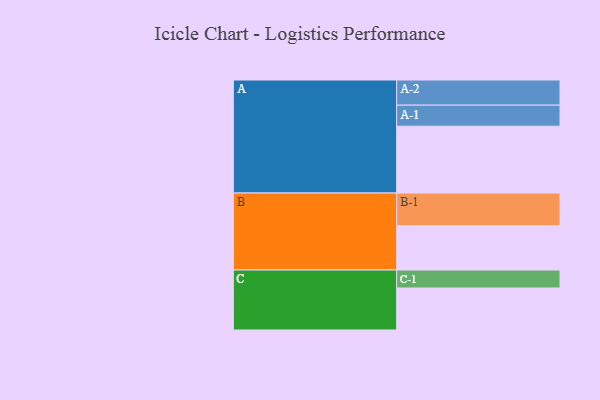
{"axis": {"x": "Segment", "y": "Value"}, "legend": ["", "A", "B", "C"], "data": [{"x": "A", "y": 558, "type": ""}, {"x": "B", "y": 370, "type": ""}, {"x": "C", "y": 351, "type": ""}, {"x": "A-1", "y": 176, "type": "A"}, {"x": "A-2", "y": 210, "type": "A"}, {"x": "B-1", "y": 273, "type": "B"}, {"x": "C-1", "y": 150, "type": "C"}]}